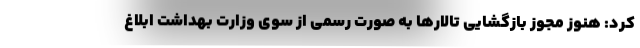
کرد: هنوز مجوز بازگشایی تالارها به صورت رسمی از سوی وزارت بهداشت ابلاغ